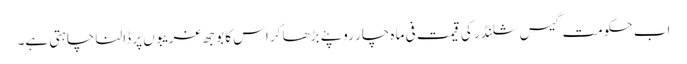
اب حکومت گیس سلنڈر کی قیمت فی ماہ چار روپئے بڑھا کر اس کا بوجھ غریبوں پر ڈالنا چاہتی ہے۔